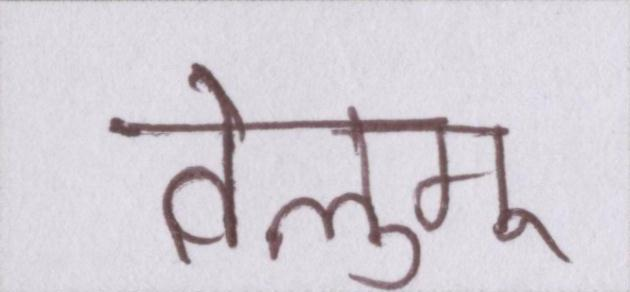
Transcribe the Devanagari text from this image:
तेलुगू